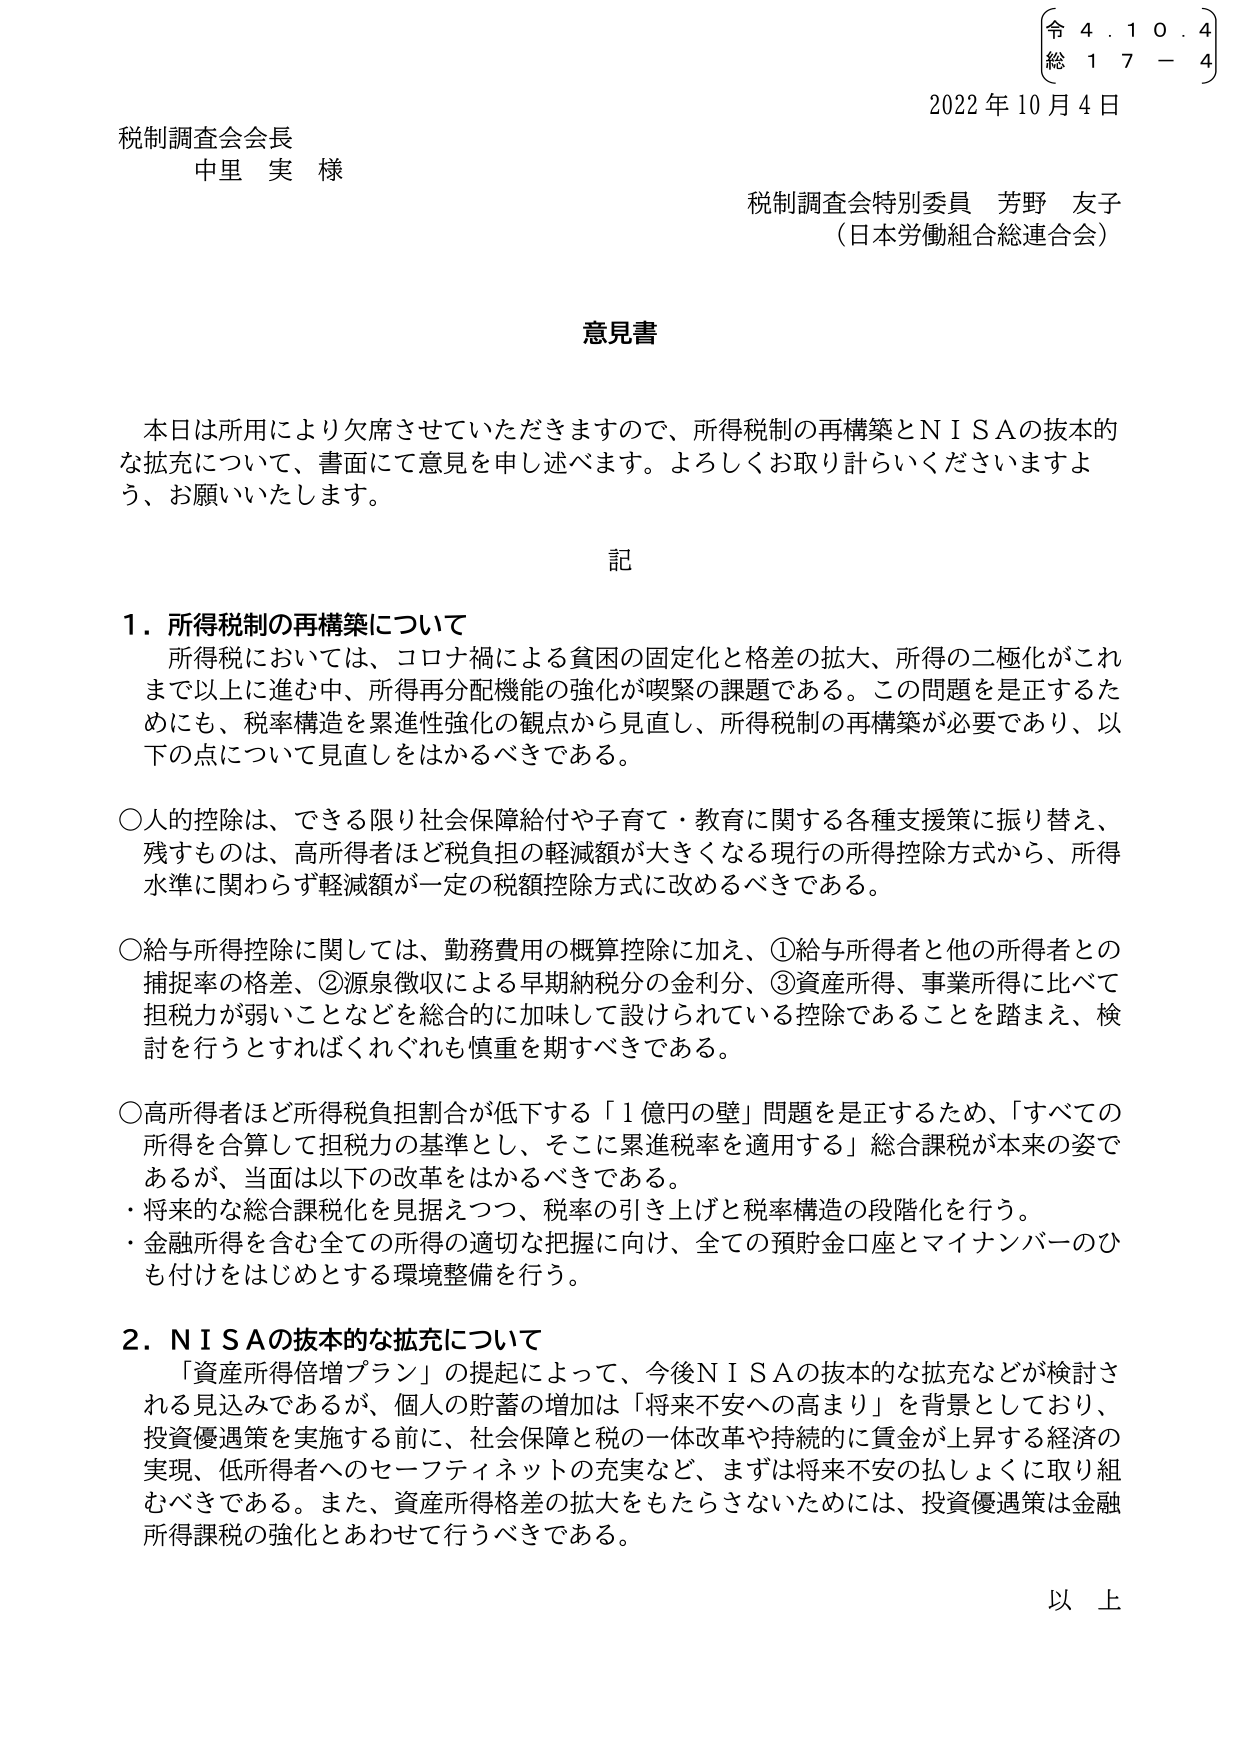
2022年10月4日
令 4. 1 0. 4
総 1 7 - 4

税制調査会会長
中里 実 様

税制調査会特別委員 芳野 友子
（日本労働組合総連合会）

意見書

本日は所用により欠席させていただきますので、所得税制の再構築とＮＩＳＡの抜本的な拡充について、書面にて意見を申し述べます。よろしくお取り計らいくださいますよう、お願いいたします。

記

１．所得税制の再構築について
所得税においては、コロナ禍による貧困の固定化と格差の拡大、所得の二極化がこれまで以上に進む中、所得再分配機能の強化が喫緊の課題である。この問題を是正するためにも、税率構造を累進性強化の観点から見直し、所得税制の再構築が必要であり、以下の点について見直しをはかるべきである。

○人的控除は、できる限り社会保障給付や子育て・教育に関する各種支援策に振り替え、残すものは、高所得者ほど税負担の軽減額が大きくなる現行の所得控除方式から、所得水準に関わらず軽減額が一定の税額控除方式に改めるべきである。

○給与所得控除に関しては、勤務費用の概算控除に加え、①給与所得者と他の所得者との捕捉率の格差、②源泉徴収による早期納税分の金利分、③資産所得、事業所得に比べて担税力が弱いことなどを総合的に加味して設けられている控除であることを踏まえ、検討を行うとすればくれぐれも慎重を期すべきである。

○高所得者ほど所得税負担割合が低下する「１億円の壁」問題を是正するため、「すべての所得を合算して担税力の基準とし、そこに累進税率を適用する」総合課税が本来の姿であるが、当面は以下の改革をはかるべきである。
・将来的な総合課税化を見据えつつ、税率の引き上げと税率構造の段階化を行う。
・金融所得を含む全ての所得の適切な把握に向け、全ての預貯金口座とマイナンバーのひも付けをはじめとする環境整備を行う。

２．ＮＩＳＡの抜本的な拡充について
「資産所得倍増プラン」の提起によって、今後ＮＩＳＡの抜本的な拡充などが検討される見込みであるが、個人の貯蓄の増加は「将来不安への高まり」を背景としており、投資優遇策を実施する前に、社会保障と税の一体改革や持続的に賃金が上昇する経済の実現、低所得者へのセーフティネットの充実など、まずは将来不安の払しょくに取り組むべきである。また、資産所得格差の拡大をもたらさないためには、投資優遇策は金融所得課税の強化とあわせて行うべきである。

以上